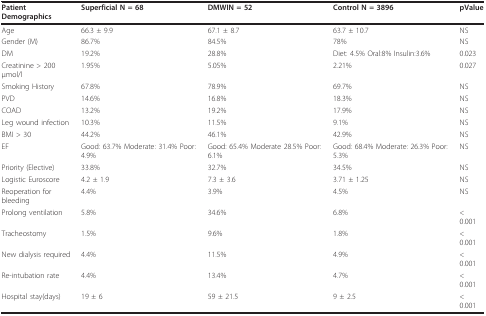
<table><thead><tr><td><b>Patient Demographics</b></td><td><b>Superficial N = 68</b></td><td><b>DMWIN = 52</b></td><td><b>Control N = 3896</b></td><td><b>pValue</b></td></tr></thead><tbody><tr><td>Age</td><td>66.3 ± 9.9</td><td>67.1 ± 8.7</td><td>63.7 ± 10.7</td><td>NS</td></tr><tr><td>Gender (M)</td><td>86.7%</td><td>84.5%</td><td>78%</td><td>NS</td></tr><tr><td>DM</td><td>19.2%</td><td>28.8%</td><td>Diet: 4.5% Oral:8% Insulin:3.6%</td><td>0.023</td></tr><tr><td>Creatinine &gt; 200 μmol/l</td><td>1.95%</td><td>5.05%</td><td>2.21%</td><td>0.027</td></tr><tr><td>Smoking History</td><td>67.8%</td><td>78.9%</td><td>69.7%</td><td>NS</td></tr><tr><td>PVD</td><td>14.6%</td><td>16.8%</td><td>18.3%</td><td>NS</td></tr><tr><td>COAD</td><td>13.2%</td><td>19.2%</td><td>17.9%</td><td>NS</td></tr><tr><td>Leg wound infection</td><td>10.3%</td><td>11.5%</td><td>9.1%</td><td>NS</td></tr><tr><td>BMI &gt; 30</td><td>44.2%</td><td>46.1%</td><td>42.9%</td><td>NS</td></tr><tr><td>EF</td><td>Good: 63.7% Moderate: 31.4% Poor: 4.9%</td><td>Good: 65.4% Moderate 28.5% Poor: 6.1%</td><td>Good: 68.4% Moderate: 26.3% Poor: 5.3%</td><td>NS</td></tr><tr><td>Priority (Elective)</td><td>33.8%</td><td>32.7%</td><td>34.5%</td><td>NS</td></tr><tr><td>Logistic Euroscore</td><td>4.2 ± 1.9</td><td>7.3 ± 3.6</td><td>3.71 ± 1.25</td><td>NS</td></tr><tr><td>Reoperation for bleeding</td><td>4.4%</td><td>3.9%</td><td>4.5%</td><td>NS</td></tr><tr><td>Prolong ventilation</td><td>5.8%</td><td>34.6%</td><td>6.8%</td><td>&lt; 0.001</td></tr><tr><td>Tracheostomy</td><td>1.5%</td><td>9.6%</td><td>1.8%</td><td>&lt; 0.001</td></tr><tr><td>New dialysis required</td><td>4.4%</td><td>11.5%</td><td>4.9%</td><td>&lt; 0.001</td></tr><tr><td>Re-intubation rate</td><td>4.4%</td><td>13.4%</td><td>4.7%</td><td>&lt; 0.001</td></tr><tr><td>Hospital stay(days)</td><td>19 ± 6</td><td>59 ± 21.5</td><td>9 ± 2.5</td><td>&lt; 0.001</td></tr></tbody></table>